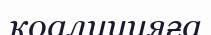
коалицияға